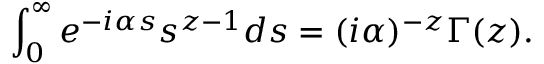
\int _ { 0 } ^ { \infty } e ^ { - i \alpha s } s ^ { z - 1 } d s = ( i \alpha ) ^ { - z } \Gamma ( z ) .